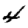
Digit: 4